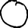
Digit: 0